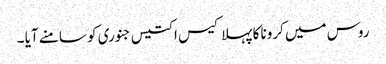
روس میں کرونا کا پہلا کیس ا کتیس جنوری کو سامنے آیا ۔